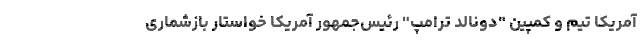
آمریکا تیم و کمپین‌ "دونالد ترامپ" رئیس‌جمهور آمریکا خواستار بازشماری